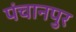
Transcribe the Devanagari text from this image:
पंचानपुर